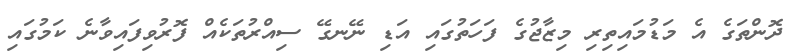
ދޮންތަގެ އެ މަޑުމައިތިރި މިޒާޖުގެ ފަހަތުގައި އަޑި ނޭނގޭ ސިއްރުތަކެއް ފޮރުވިފައިވާނެ ކަމުގައި